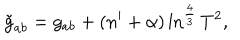
\tilde { g } _ { a b } = g _ { a b } + ( n ^ { \prime } + \alpha ) \ln ^ { \frac { 4 } { 3 } } T ^ { 2 } ,